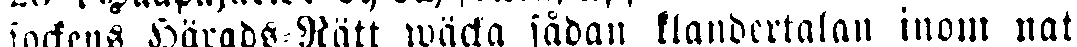
sockens Härads Rätt wäcka sådan klandertalan inom nat